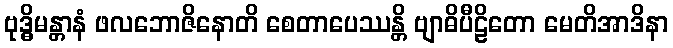
ဗုဒ္ဓိမန္တာနံ ဖလဘောဇိနောတိ စေတာပေဿန္တိ ဗျာဓိပီဠိတော မေတိအာဒိနာ